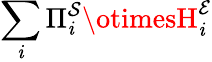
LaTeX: \sum_{\mathit{i}}\Pi_{\mathit{i}}^{\mathcal{{S}}}\otimesH_{\mathit{i}}^{\mathcal{{E}}}